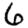
Digit: 6